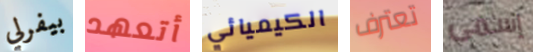
بيفرلي أتعهد الكيميائي تعترف إسمى